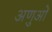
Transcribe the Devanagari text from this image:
अणुआें